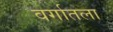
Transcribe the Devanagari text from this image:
वर्गातला